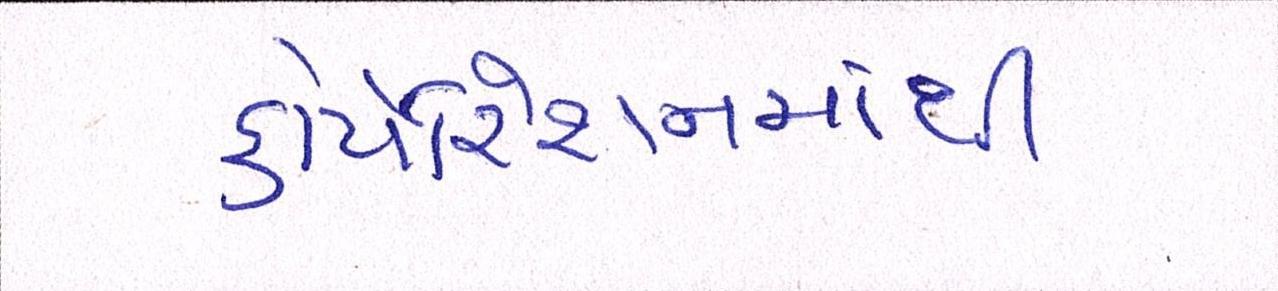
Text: કોર્પોરેશનમાંથી